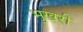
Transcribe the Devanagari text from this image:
भुखरी